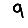
Digit: 9